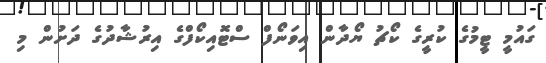
ގައުމީ ޓީމުގެ ކުރީގެ ކޯޗު ޔޯދާން އިވަނޯފް ސްޓޮއިކޯފްގެ އިރުޝާދުގެ ދަށުން މި